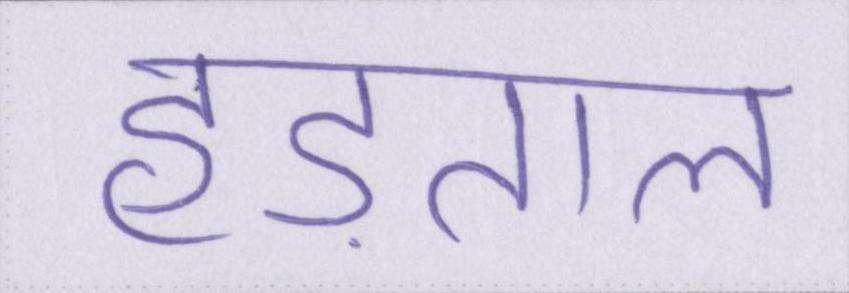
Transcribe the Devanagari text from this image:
हड़ताल